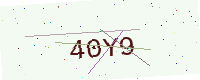
Text: 40Y9